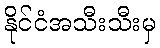
နိုင်ငံအသီးသီးမှ